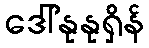
ဒေါ်နုနုရှိန်